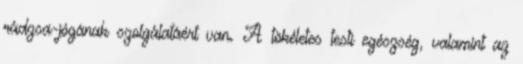
rádzsa-jógának szolgálatáért van. A tökéletes testi egészség, valamint az